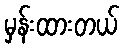
မှန်းထားတယ်